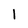
Character: 1